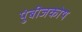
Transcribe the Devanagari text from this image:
पुंबीजकोष